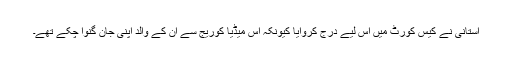
استانی نے کیس کورٹ میں اس لیے درج کروایا کیونکہ اس میڈیا کوریج سے ان کے والد اپنی جان گنوا چکے تھے۔